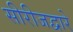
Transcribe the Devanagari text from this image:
सीरीजद्वारे